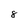
Character: 8